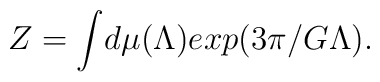
Z = \int \! d\mu (\Lambda) exp(3 \pi /G \Lambda).